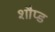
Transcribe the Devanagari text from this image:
शौप्ड